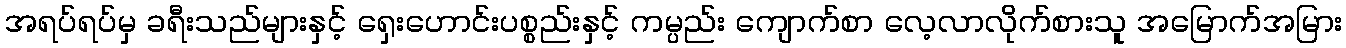
အရပ်ရပ်မှ ခရီးသည်များနှင့် ရှေးဟောင်းပစ္စည်းနှင့် ကမ္ပည်း ကျောက်စာ လေ့လာလိုက်စားသူ အမြောက်အမြား